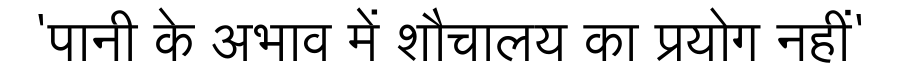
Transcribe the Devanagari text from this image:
'पानी के अभाव में शौचालय का प्रयोग नहीं'